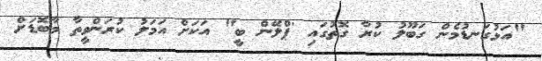
"އަޅުގަނޑުމެން ގަބޫލު ކުރާ ގޮތުގައި 'ޕްލޭން ބީ" އަކަށް އަމަލު ކުރަންވީތާ މާބޮޑަށް